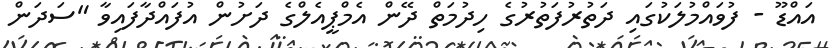
އައްޑޫ - ފުވައްމުލަކުގައި ދަތުރުފަތުރުގެ ހިދުމަތް ދޭން އެމްޕީއެލްގެ ދަށުން އުފައްދާފައިވާ "ސަދަން